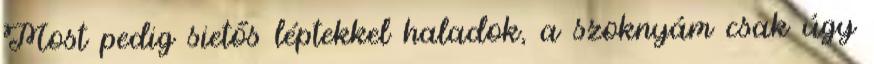
Most pedig sietős léptekkel haladok, a szoknyám csak úgy